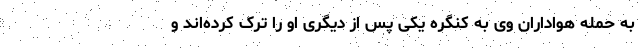
به حمله هواداران وی به کنگره یکی پس از دیگری او را ترک کرده‌اند و